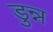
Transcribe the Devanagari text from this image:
डुन्न